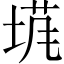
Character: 𡍙